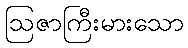
ဩဇာကြီးမားသော